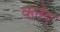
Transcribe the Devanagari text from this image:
क्‍लेद